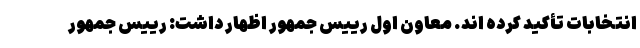
انتخابات تأکید کرده اند. معاون اول رییس جمهور اظهار داشت: رییس جمهور